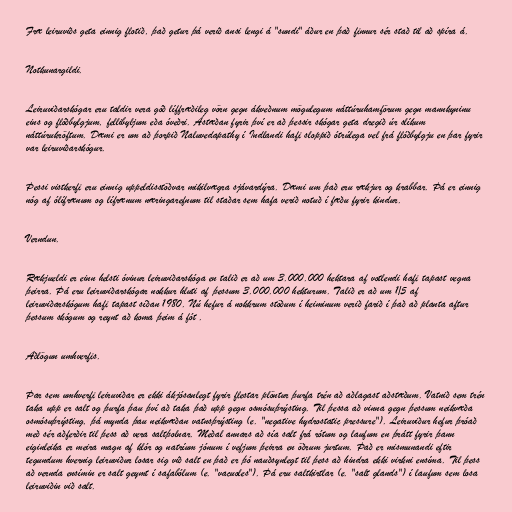
Fræ leiruviðs geta einnig flotið, það getur þá verið ansi lengi á "sundi" áður en það finnur sér stað til að spíra á.

Notkunargildi.

Leiruviðarskógar eru taldir vera góð líffræðileg vörn gegn ákveðnum mögulegum náttúruhamförum gegn mannkyninu
eins og flóðbylgjum, fellibyljum eða óveðri. Ástæðan fyrir því er að þessir skógar geta dregið úr slíkum
náttúrukröftum. Dæmi er um að þorpið Naluvedapathy í Indlandi hafi sloppið ótrúlega vel frá flóðbylgju en þar fyrir
var leiruviðarskógur.

Þessi vistkerfi eru einnig uppeldisstöðvar mikilvægra sjávardýra. Dæmi um það eru rækjur og krabbar. Þá er einnig
nóg af ólífrænum og lífrænum næringarefnum til staðar sem hafa verið notuð í fæðu fyrir kindur.

Verndun.

Rækjueldi er einn helsti óvinur leiruviðarskóga en talið er að um 3.000.000 hektara af votlendi hafi tapast vegna
þeirra. Þá eru leiruviðarskógar nokkur hluti af þessum 3.000.000 hekturum. Talið er að um 1/5 af
leiruviðarskógum hafi tapast síðan 1980. Nú hefur á nokkrum stöðum í heiminum verið farið í það að planta aftur
þessum skógum og reynt að koma þeim á fót .

Aðlögun umhverfis.

Þar sem umhverfi leiruviðar er ekki ákjósanlegt fyrir flestar plöntur þurfa trén að aðlagast aðstæðum. Vatnið sem trén
taka upp er salt og þurfa þau því að taka það upp gegn osmósuþrýsting. Til þessa að vinna gegn þessum neikvæða
osmósuþrýsting, þá mynda þau neikvæðan vatnsþrýsting (e. "negative hydrostatic pressure"). Leiruviður hefur þróað
með sér aðferðir til þess að vera saltþolnar. Meðal annars að sía salt frá rótum og laufum en þrátt fyrir þann
eiginleika er meira magn af klór og natríum jónum í vefjum þeirra en öðrum jurtum. Það er mismunandi eftir
tegundum hvernig leiruviður losar sig við salt en það er þó nauðsynlegt til þess að hindra ekki virkni ensíma. Til þess
að vernda ensímin er salt geymt í safabólum (e. "vacuoles"). Þá eru saltkirtlar (e. "salt glands") í laufum sem losa
leiruviðin við salt.